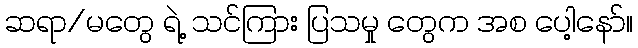
ဆရာ/မတွေ ရဲ့ သင်ကြား ပြသမှု တွေက အစ ပေါ့နော်။